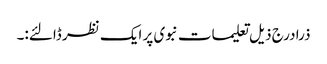
ذرا درج ذیل تعلیمات نبوی پر ایک نظر ڈالئے:۔